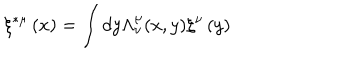
LaTeX: \xi ^ { * \mu } \left( x \right) = \int d y \Lambda _ { \nu } ^ { \mu } ( x , y ) \xi ^ { \nu } \left( y \right)